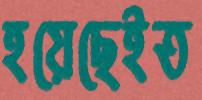
হয়েছেইত